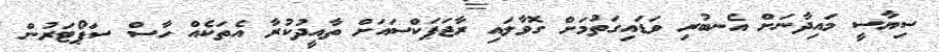
ސިޔާސީ މައިދާނަށް އެނބުރި ވަޑައިގަތުމަށް ގޮވާލައި ރާޖަޕަކްސައަށް ތާއީދުކުރާ އެތަކެއް ހާސް ސަޕޯޓަރުން